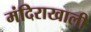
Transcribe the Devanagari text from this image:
मंदिराखाली